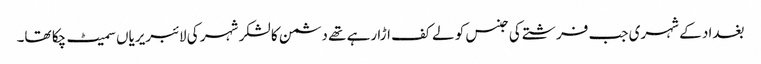
بغداد کے شہری جب فرشتے کی جنس کو لے کف اڑا رہے تھے دشمن کا لشکر شہر کی لائبریریاں سمیٹ چکا تھا۔